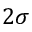
2 \sigma